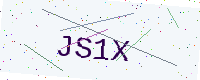
Text: JS1X